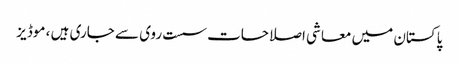
پاکستان میں معاشی اصلاحات سست روی سے جاری ہیں ، موڈیز